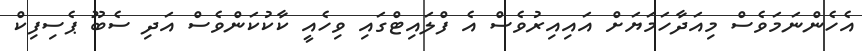
އެހެންނަމަވެސް މިއަދާހަމަޔަށް އައިއިރުވެސް އެ ފްލައިޓްގައި ވިހެއީ ކާކުކަންވެސް އަދި ސެބޫ ޕެސިފިކް